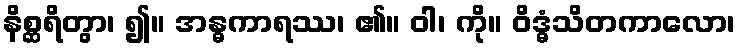
နိစ္ဆရိတွာ၊ ၍။ အန္ဓကာရဿ၊ ၏။ ဝါ၊ ကို။ ဝိဒ္ဓံသိတကာလော၊